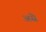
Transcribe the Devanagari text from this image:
असॆे